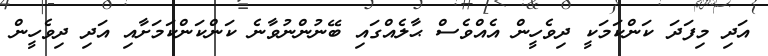
އަދި މިފަދަ ކަންކަމަކީ ދިވެހީން އެއްވެސް ޙާލެއްގައި ބޭނުންނުވާނެ ކަންކަންކަމަށާއި އަދި ދިވެހީން